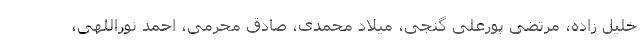
خلیل زاده، مرتضی پورعلی گنجی، میلاد محمدی، صادق محرمی، احمد نوراللهی،